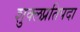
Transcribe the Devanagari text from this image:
शुक्लप्रतिपदा